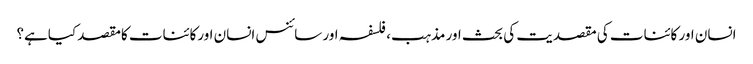
انسان اور کائنات کی مقصدیت کی بحث اور مذہب، فلسفہ اور سائنس انسان اورکائنات کامقصد کیاہے؟